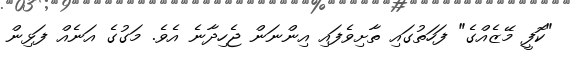
"ކޮފީ މޭޒެއްގެ" ފަހަތުގައި ތާށިވެފައި އިންނަން ޖެހިދާނެ އެވެ. މަގުގެ އަނެއް ފަޅިން